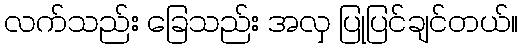
လက်သည်း ခြေသည်း အလှ ပြုပြင်ချင်တယ်။